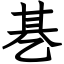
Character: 㐞